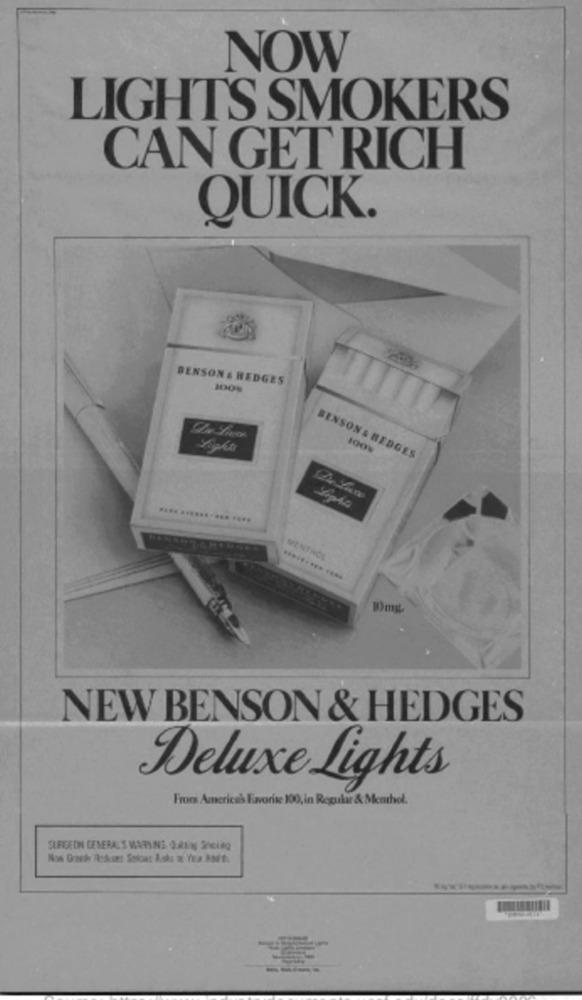
NOW
LIGHTS SMOKERS
CAN GET RICH
QUICK.
BENSON & HEDGES
SENSON & REDGES
.... ...... .... ....
MENTHOL
Wmg
NEW BENSON & HEDGES
Deluxe Lights
From America's Favorite 100, in Regular & Menthol.
SURGEON GENERAL S WARNING. OUREN Socio
-----